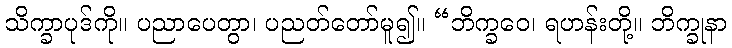
သိက္ခာပုဒ်ကို။ ပညာပေတွာ၊ ပညတ်တော်မူ၍။ “ဘိက္ခဝေ၊ ရဟန်းတို့။ ဘိက္ခုနာ